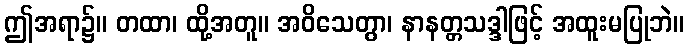
ဤအရာ၌။ တထာ၊ ထို့အတူ။ အဝိသေတွာ၊ နာနတ္တသဒ္ဒါဖြင့် အထူးမပြုဘဲ။